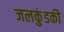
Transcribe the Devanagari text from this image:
जलकुंडकी